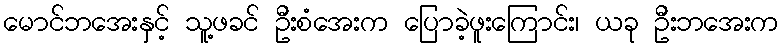
မောင်ဘအေးနှင့် သူ့ဖခင် ဦးစံအေးက ပြောခဲ့ဖူးကြောင်း၊ ယခု ဦးဘအေးက